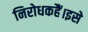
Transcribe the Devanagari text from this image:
निरोधकहैं।इसे